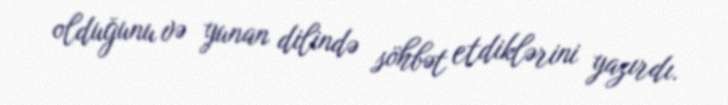
olduğunu və yunan dilində söhbət etdiklərini yazırdı.